Cholera in India, 1862 to 1881
Year: 1862
Disease focus: Cholera
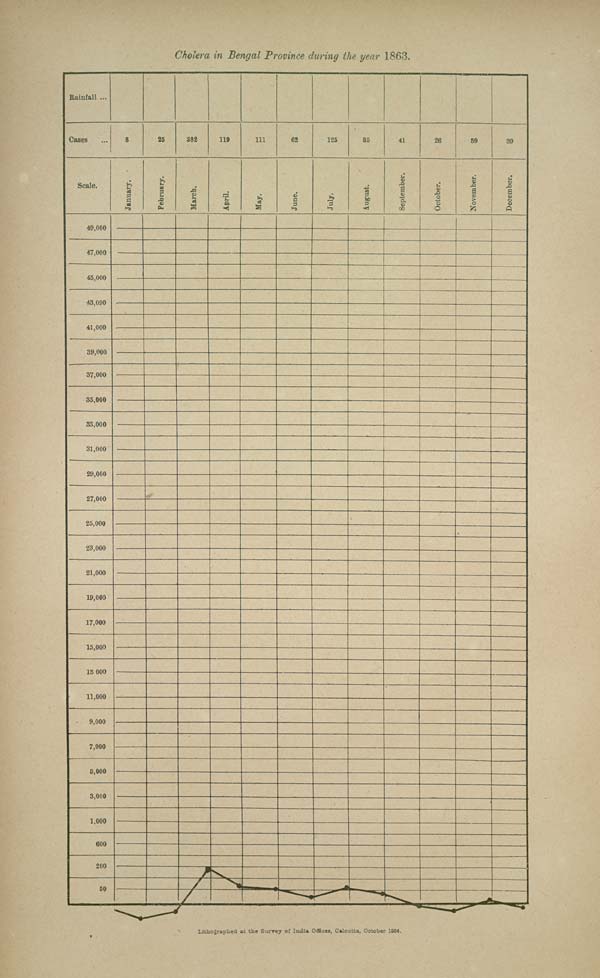
Cholera in Bengal Province during the year 1863.
Lithographed at the Survey of India Offices, Calcutta, October 1884.